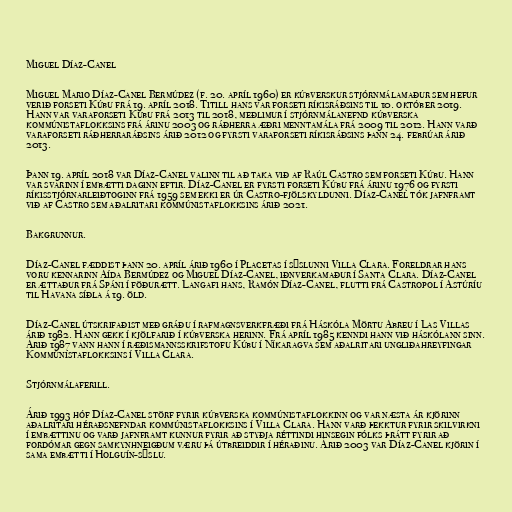
Miguel Díaz-Canel

Miguel Mario Díaz-Canel Bermúdez (f. 20. apríl 1960) er kúbverskur stjórnmálamaður sem hefur
verið forseti Kúbu frá 19. apríl 2018. Titill hans var forseti ríkisráðsins til 10. október 2019.
Hann var varaforseti Kúbu frá 2013 til 2018, meðlimur í stjórnmálanefnd kúbverska
kommúnistaflokksins frá árinu 2003 og ráðherra æðri menntamála frá 2009 til 2012. Hann varð
varaforseti ráðherraráðsins árið 2012 og fyrsti varaforseti ríkisráðsins þann 24. febrúar árið
2013.

Þann 19. apríl 2018 var Díaz-Canel valinn til að taka við af Raúl Castro sem forseti Kúbu. Hann
var svarinn í embætti daginn eftir. Díaz-Canel er fyrsti forseti Kúbu frá árinu 1976 og fyrsti
ríkisstjórnarleiðtoginn frá 1959 sem ekki er úr Castro-fjölskyldunni. Díaz-Canel tók jafnframt
við af Castro sem aðalritari kommúnistaflokksins árið 2021.

Bakgrunnur.

Díaz-Canel fæddist þann 20. apríl árið 1960 í Placetas í sýslunni Villa Clara. Foreldrar hans
voru kennarinn Aída Bermúdez og Miguel Díaz-Canel, iðnverkamaður í Santa Clara. Díaz-Canel
er ættaður frá Spáni í föðurætt. Langafi hans, Ramón Díaz-Canel, flutti frá Castropol í Astúríu
til Havana síðla á 19. öld.

Díaz-Canel útskrifaðist með gráðu í rafmagnsverkfræði frá Háskóla Mörtu Abreu í Las Villas
árið 1982. Hann gekk í kjölfarið í kúbverska herinn. Frá apríl 1985 kenndi hann við háskólann sinn.
Árið 1987 vann hann í ræðismannsskrifstofu Kúbu í Níkaragva sem aðalritari ungliðahreyfingar
Kommúnistaflokksins í Villa Clara.

Stjórnmálaferill.

Árið 1993 hóf Díaz-Canel störf fyrir kúbverska kommúnistaflokkinn og var næsta ár kjörinn
aðalritari héraðsnefndar kommúnistaflokksins í Villa Clara. Hann varð þekktur fyrir skilvirkni
í embættinu og varð jafnframt kunnur fyrir að styðja réttindi hinsegin fólks þrátt fyrir að
fordómar gegn samkynhneigðum væru þá útbreiddir í héraðinu. Árið 2003 var Díaz-Canel kjörin í
sama embætti í Holguín-sýslu.